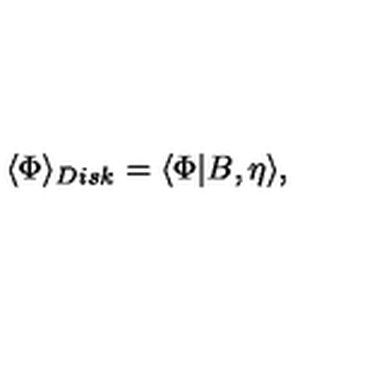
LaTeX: \langle \Phi \rangle _ { D i s k } = \langle \Phi | B , \eta \rangle ,